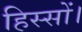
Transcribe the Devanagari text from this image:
हिस्सों।